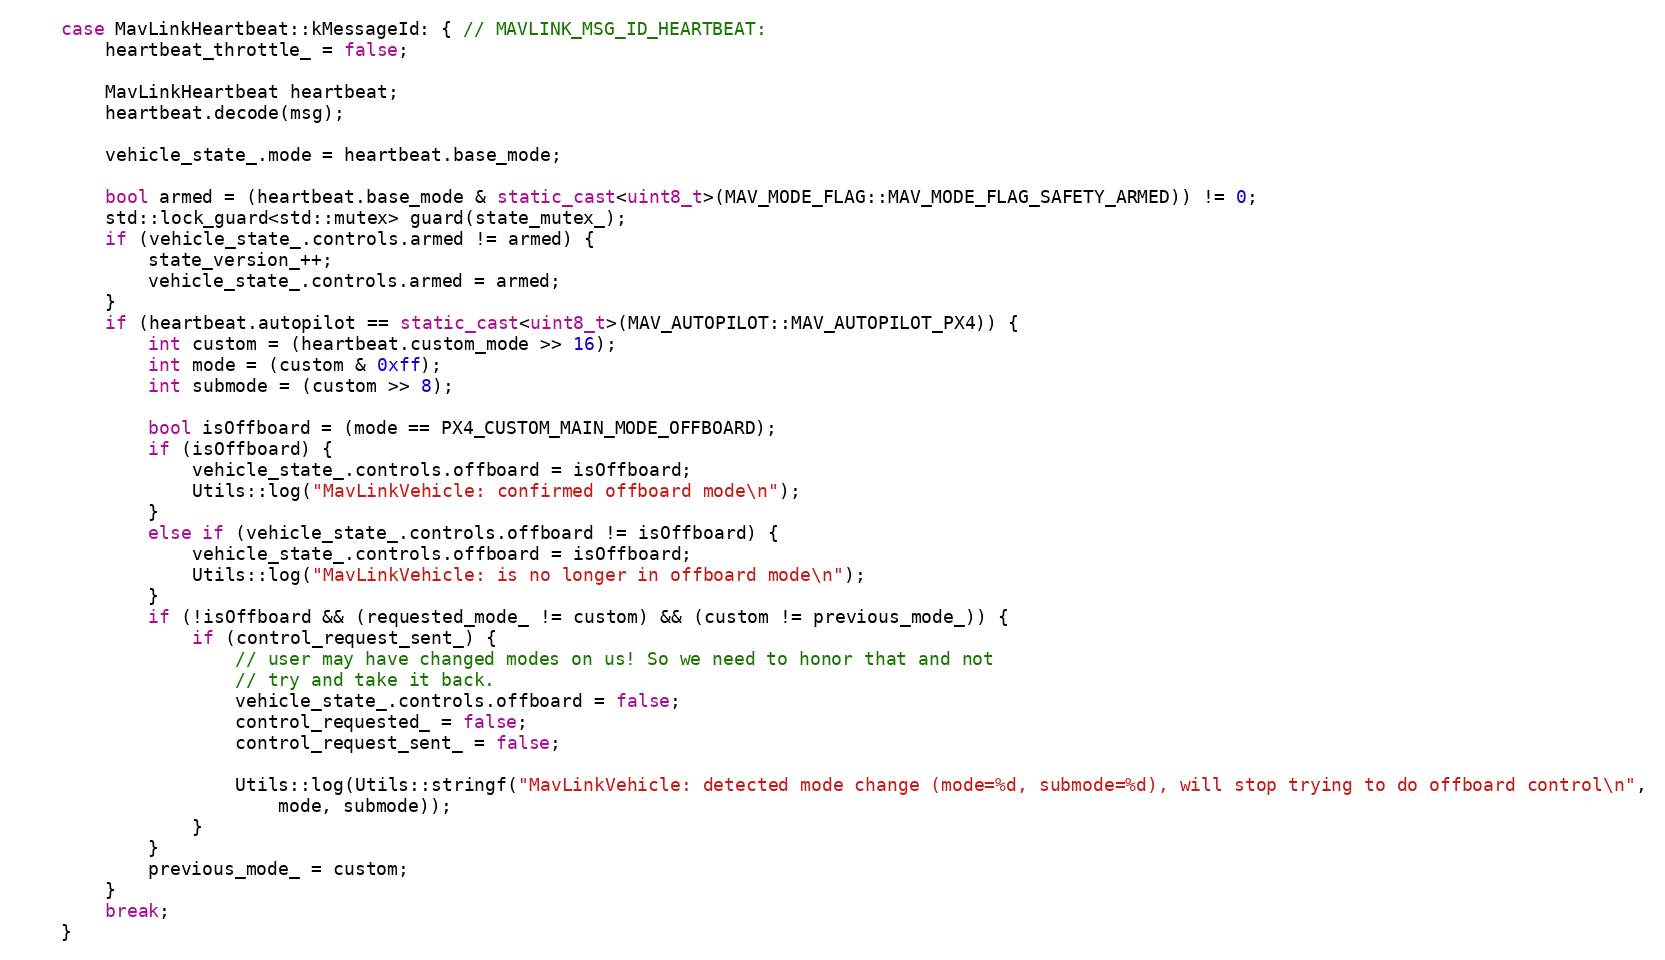
Language: C++
    case MavLinkHeartbeat::kMessageId: { // MAVLINK_MSG_ID_HEARTBEAT:
        heartbeat_throttle_ = false;

        MavLinkHeartbeat heartbeat;
        heartbeat.decode(msg);

        vehicle_state_.mode = heartbeat.base_mode;

        bool armed = (heartbeat.base_mode & static_cast<uint8_t>(MAV_MODE_FLAG::MAV_MODE_FLAG_SAFETY_ARMED)) != 0;
        std::lock_guard<std::mutex> guard(state_mutex_);
        if (vehicle_state_.controls.armed != armed) {
            state_version_++;
            vehicle_state_.controls.armed = armed;
        }
        if (heartbeat.autopilot == static_cast<uint8_t>(MAV_AUTOPILOT::MAV_AUTOPILOT_PX4)) {
            int custom = (heartbeat.custom_mode >> 16);
            int mode = (custom & 0xff);
            int submode = (custom >> 8);

            bool isOffboard = (mode == PX4_CUSTOM_MAIN_MODE_OFFBOARD);
            if (isOffboard) {
                vehicle_state_.controls.offboard = isOffboard;
                Utils::log("MavLinkVehicle: confirmed offboard mode\n");
            }
            else if (vehicle_state_.controls.offboard != isOffboard) {
                vehicle_state_.controls.offboard = isOffboard;
                Utils::log("MavLinkVehicle: is no longer in offboard mode\n");
            }
            if (!isOffboard && (requested_mode_ != custom) && (custom != previous_mode_)) {
                if (control_request_sent_) {
                    // user may have changed modes on us! So we need to honor that and not
                    // try and take it back.
                    vehicle_state_.controls.offboard = false;
                    control_requested_ = false;
                    control_request_sent_ = false;

                    Utils::log(Utils::stringf("MavLinkVehicle: detected mode change (mode=%d, submode=%d), will stop trying to do offboard control\n",
                        mode, submode));
                }
            }
            previous_mode_ = custom;
        }
        break;
    }